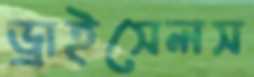
ড্রাইসেলস